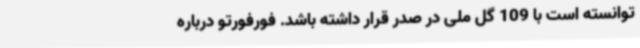
توانسته است با 109 گل ملی در صدر قرار داشته باشد. فورفورتو درباره